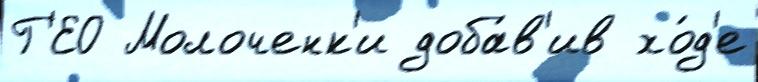
Г'ЕО Молоченк'и доба́в'ив хо́д'е